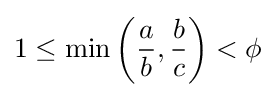
1\leq \min \left({\frac {a}{b}},{\frac {b}{c}}\right)<\phi